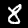
Label: 8